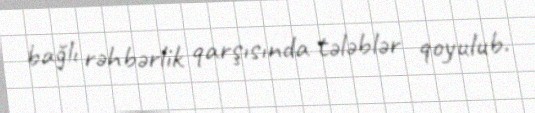
bağlı rəhbərlik qarşısında tələblər qoyulub.